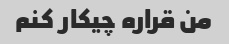
من قراره چیکار کنم